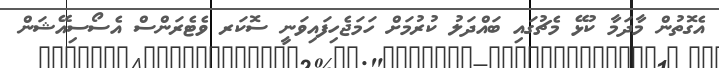
އެގޮތުން މާދަމާ ކުޅޭ މެޗުގައި ބައްދަލު ކުރުމަށް ހަމަޖެހިފައިވަނީ ސޮކަރ ވެޓެރަންސް އެސޯސިއޭޝަން